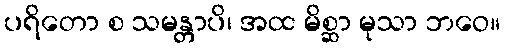
ပရိတော စ သမန္တာပိ၊ အထ မိစ္ဆာ မုသာ ဘဝေ။